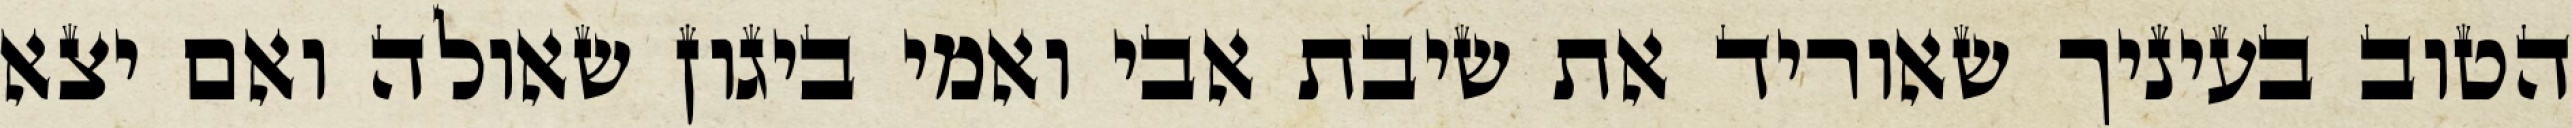
הטוב בעיניך שאוריד את שיבת אבי ואמי ביגון שאולה ואם יצא